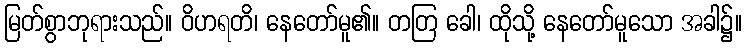
မြတ်စွာဘုရားသည်။ ဝိဟရတိ၊ နေတော်မူ၏။ တတြ ခေါ၊ ထိုသို့ နေတော်မူသော အခါ၌။